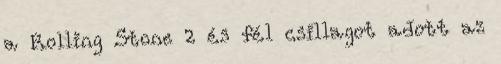
a Rolling Stone 2 és fél csillagot adott az